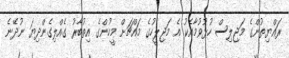
ރައްޔިތުންގެ މަޖިލިސް ހުޅުވުމާއެކު އެ މަޖިލީހުގެ މައްޗަށް މީހުންގެ އިތުބާރު ގެއްލިގެންދިޔަ ނުދޭނެ